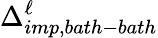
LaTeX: \Delta_{imp,bath-bath}^{\ell}